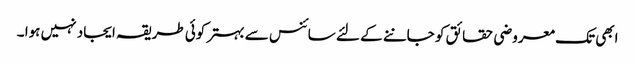
ابھی تک معروضی حقائق کو جاننے کے لئے سائنس سے بہتر کوئی طریقہ ایجاد نہیں ہوا ۔